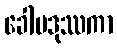
ခေါမဒုဿကာ